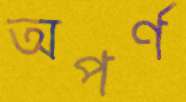
অপর্ণ